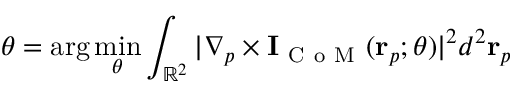
\theta = \arg \operatorname* { m i n } _ { \theta } \int _ { \mathbb { R } ^ { 2 } } | \nabla _ { p } \times \mathbf { I } _ { \mathrm { ~ C ~ o ~ M ~ } } ( \mathbf { r } _ { p } ; \theta ) | ^ { 2 } d ^ { 2 } \mathbf { r } _ { p }